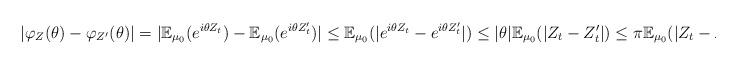
LaTeX: \begin{align*}|\varphi_Z(\theta) - \varphi_{Z'}(\theta) | &= |\mathbb{E}_{\mu_0}(e^{i\theta Z_t}) - \mathbb{E}_{\mu_0}(e^{i\theta Z'_t})| \leq \mathbb{E}_{\mu_0}(|e^{i\theta Z_t}-e^{i\theta Z'_t}|) \leq |\theta| \mathbb{E}_{\mu_0}(|Z_t-Z'_t|) \leq \pi \mathbb{E}_{\mu_0}(|Z_t-Z'_t|),\end{align*}